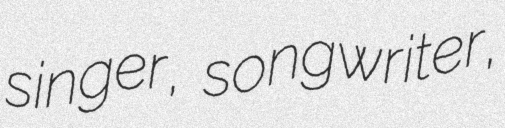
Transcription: singer, songwriter,